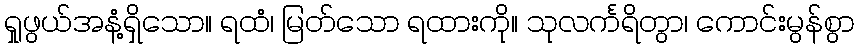
ရှုဖွယ်အနံ့ရှိသော။ ရထံ၊ မြတ်သော ရထားကို။ သုလင်္ကရိတွာ၊ ကောင်းမွန်စွာ